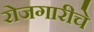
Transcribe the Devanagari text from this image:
रोजगारीचे